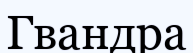
Гвандра